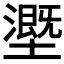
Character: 𡒖